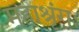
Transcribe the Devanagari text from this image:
महाश्रृंगः